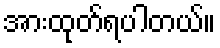
အားထုတ်ရပါတယ်။